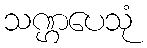
သဏ္ဌပေသုံ